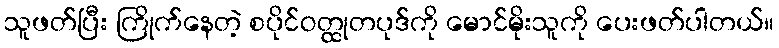
သူဖတ်ပြီး ကြိုက်နေတဲ့ စပိုင်ဝတ္ထုတပုဒ်ကို မောင်မိုးသူကို ပေးဖတ်ပါတယ်။